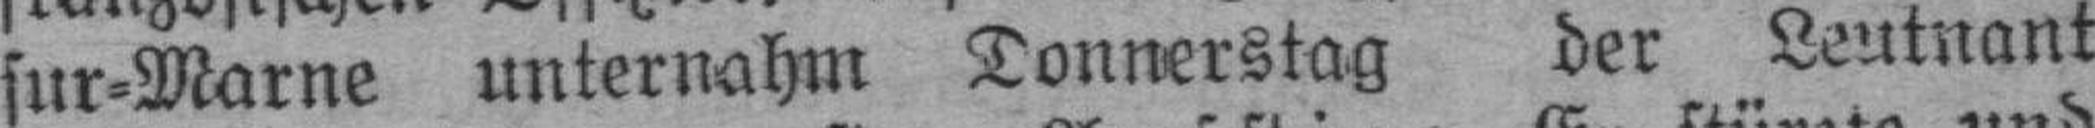
sur=Marne unternahm Donnerstag der Leutnant